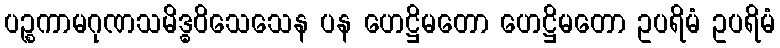
ပဉ္စကာမဂုဏသမိဒ္ဓဝိသေသေန ပန ဟေဋ္ဌိမတော ဟေဋ္ဌိမတော ဥပရိမံ ဥပရိမံ